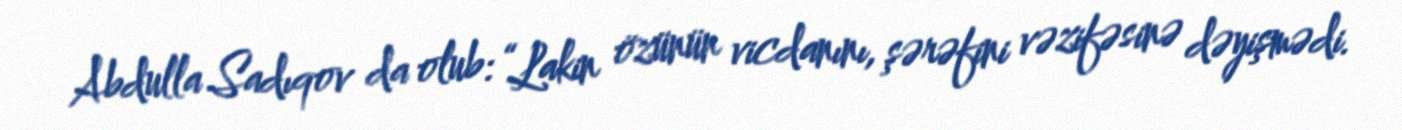
Abdulla Sadıqov da olub: “Lakin özünün vicdanını, şərəfini vəzifəsinə dəyişmədi.